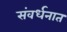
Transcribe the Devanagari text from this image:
संवर्धनात